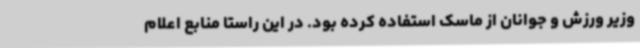
وزیر ورزش و جوانان از ماسک استفاده کرده بود. در این راستا منابع اعلام